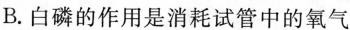
B.白磷的作用是消耗试管中的氧气